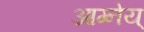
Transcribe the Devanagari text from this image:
आग्नेय्